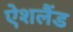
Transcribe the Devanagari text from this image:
ऐशलैंड